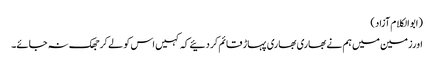
(ابوالکلام آزاد)
اورزمین میں ہم نے بھاری بھاری پہاڑ قائم کردئیے کہ کہیں اس کو لے کر جھک نہ جائے۔